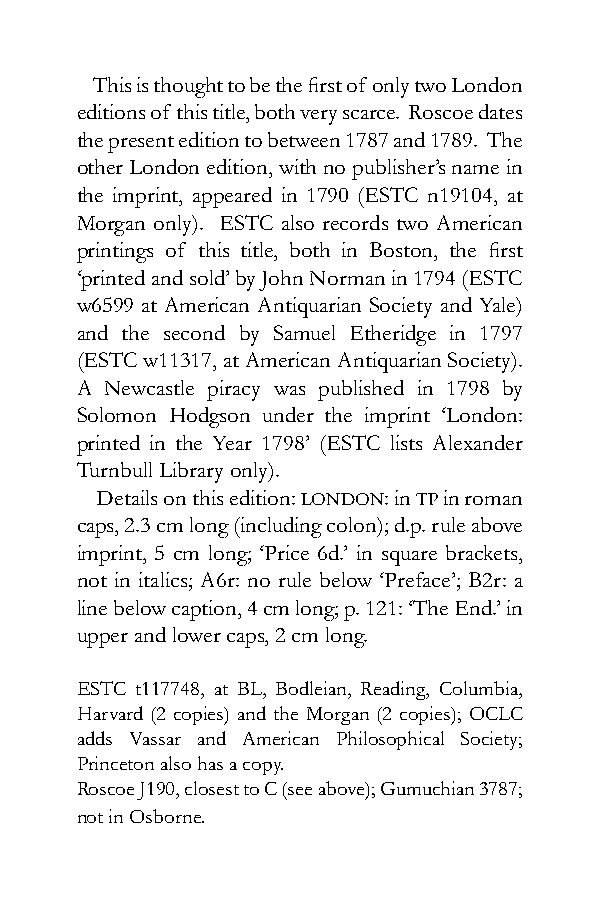
This is thought to be the first of only two London
 editions of this title, both very scarce. Roscoe dates
 the present edition to between 1787 and 1789. The
 other London edition, with no publisher’s name in
 the imprint, appeared in 1790 (ESTC n19104, at
 Morgan only). ESTC also records two American
 printings of this title, both in Boston, the first
 ‘printed and sold’ by John Norman in 1794 (ESTC
 w6599 at American Antiquarian Society and Yale)
 and the second by Samuel Etheridge in 1797
 (ESTC w11317, at American Antiquarian Society).
 A Newcastle piracy was published in 1798 by
 Solomon Hodgson under the imprint ‘London:
 printed in the Year 1798’ (ESTC lists Alexander
 Turnbull Library only).
 Details on this edition: LONDON: in TP in roman
 caps, 2.3 cm long (including colon); d.p. rule above
 imprint, 5 cm long; ‘Price 6d.’ in square brackets,
 not in italics; A6r: no rule below ‘Preface’; B2r: a
 line below caption, 4 cm long; p. 121: ‘The End.’ in
 upper and lower caps, 2 cm long.
 ESTC t117748, at BL, Bodleian, Reading, Columbia,
 Harvard (2 copies) and the Morgan (2 copies); OCLC
 adds Vassar and American Philosophical Society;
 Princeton also has a copy.
 Roscoe J190, closest to C (see above); Gumuchian 3787;
 not in Osborne.